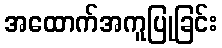
အထောက်အကူပြုခြင်း